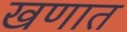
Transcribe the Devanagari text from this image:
खणात